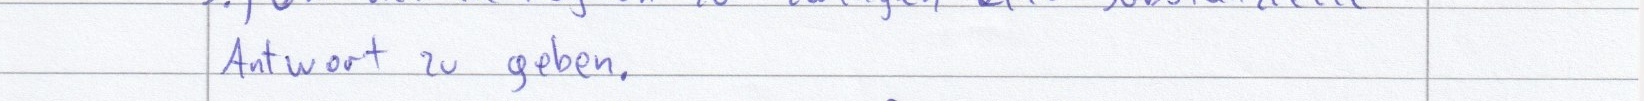
Antwort zu geben.